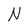
Character: N